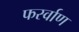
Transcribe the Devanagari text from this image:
फर्स्वाण